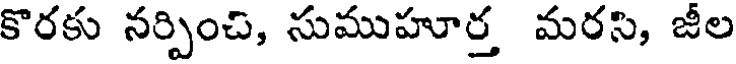
కొరకు నర్పించి, సుముహూర్త మరసి, జీల